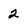
Character: 2